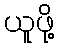
ယူဖို့